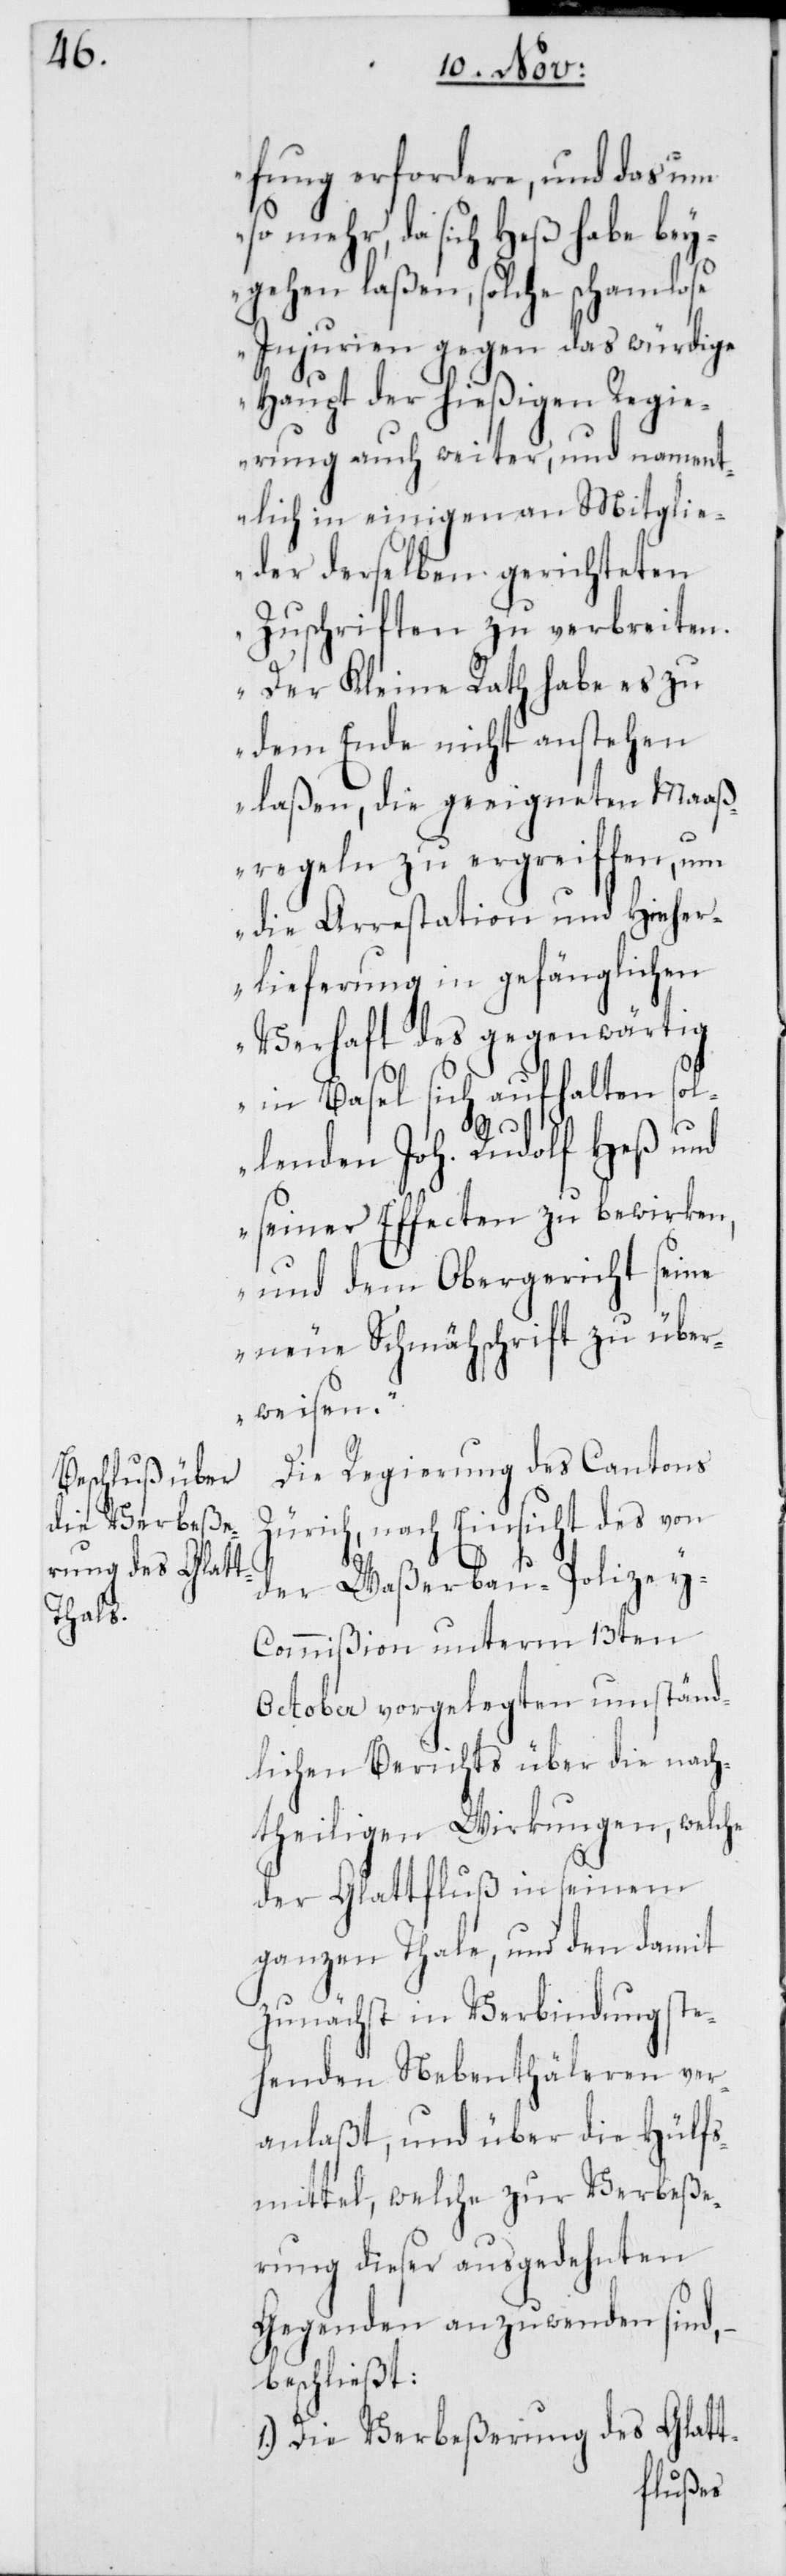
fung erfordere, und das um
so mehr, da sich Heß habe bey¬
gehen laßen, solche schamlose
Injurien gegen das würdige
Haupt der hießigen Regie¬
rung auch weiter, und nament¬
lich in einigen an Mitglie¬
der derselben gerichteten
Zuschriften zu verbreiten.
Der Kleine Rath habe es zu
dem Ende nicht anstehen
laßen, die geeigneten Maaß¬
regeln zu ergreiffen, um
die Arrerstation und Hieher¬
lieferung in gefänglichen
Verhaft des gegenwärtig
in Basel sich aufhalten so¬
llenden Joh. Rudolf Heß und
seiner Effecten zu bewirken,
und dem Obergericht seine
neue Schmähschrift zu über¬
weisen.“
Die Regierung des Cantons
Zürich, nach Einsicht des von
der Waßerbau-Polize¬
y-Commißion unterm 13ten
October vorgelegten umständ¬
lichen Berichts über die nach¬
theiligen Wirkungen, welche
der Glattfluß in seinem
ganzen Thale, und den damit
zunächst in Verbindung ste¬
henden Nebenthäleren ver¬
anlaßt, und über die Hülfs¬
mittel, welche zur Verbeße¬
rung dieser ausgedehnten
Gegenden anzuwenden sind, –
beschließt:
Die Verbeßerung des Glatt-